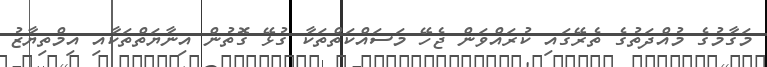
މަގާމުގެ މުއްދަތުގެ ތެރޭގައި ކުރައްވަން ޖެހޭ މަސައްކަތްތަކާ ގުޅޭ ގޮތުން އިނާޔަތްތަކާއި އިމްތިޔާޒު